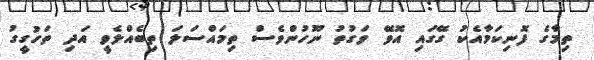
ތިމާގެ ފޮނިކަމާއެކު ގޭގައި އޮވޭ ވަގުތު ނޫހުންވެސް ތިމައްސަލަ ތިބެއްލެވީ އަދި ތަހުގީގު